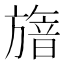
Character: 𣄕